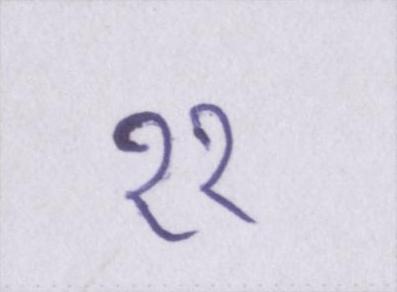
११